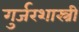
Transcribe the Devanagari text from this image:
गुर्जरशास्त्री